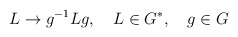
\begin{align*}L\rightarrow g^{-1}Lg, \quad L\in G^{*}, \quad g\in G\end{align*}